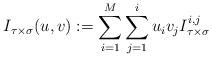
LaTeX: \begin{align*}I_{\tau\times\sigma}(u,v):=\sum_{i=1}^{M}{\sum_{j=1}^{i}{u_{i}v_{j}I_{\tau\times\sigma}^{i,j}}}\end{align*}